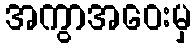
အကွာအဝေးမှ